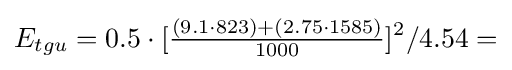
E_{tgu}=0.5\cdot [{\tfrac {(9.1\cdot 823)+(2.75\cdot 1585)}{1000}}]^{2}/4.54=